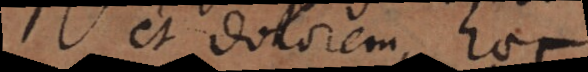
et dolorem, haec